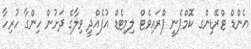
އެންޑް ޓްރޭޑިންގ ކޮމްޕެނީ ޕްރައިވެޓް ލިމިޓެޑް އުފެއްދީ ވިލާގެ ދަށުން ހިންގާ ހުރިހާ